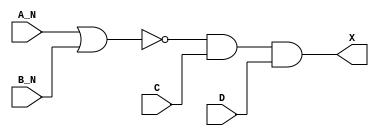
/*
 * Copyright 2020 The SkyWater PDK Authors
 *
 * Licensed under the Apache License, Version 2.0 (the "License");
 * you may not use this file except in compliance with the License.
 * You may obtain a copy of the License at
 *
 *     https://www.apache.org/licenses/LICENSE-2.0
 *
 * Unless required by applicable law or agreed to in writing, software
 * distributed under the License is distributed on an "AS IS" BASIS,
 * WITHOUT WARRANTIES OR CONDITIONS OF ANY KIND, either express or implied.
 * See the License for the specific language governing permissions and
 * limitations under the License.
 *
 * SPDX-License-Identifier: Apache-2.0
*/


`ifndef SKY130_FD_SC_MS__AND4BB_BEHAVIORAL_V
`define SKY130_FD_SC_MS__AND4BB_BEHAVIORAL_V

/**
 * and4bb: 4-input AND, first two inputs inverted.
 *
 * Verilog simulation functional model.
 */

`timescale 1ns / 1ps
`default_nettype none

`celldefine
module sky130_fd_sc_ms__and4bb (
    X  ,
    A_N,
    B_N,
    C  ,
    D
);

    // Module ports
    output X  ;
    input  A_N;
    input  B_N;
    input  C  ;
    input  D  ;

    // Module supplies
    supply1 VPWR;
    supply0 VGND;
    supply1 VPB ;
    supply0 VNB ;

    // Local signals
    wire nor0_out  ;
    wire and0_out_X;

    //  Name  Output      Other arguments
    nor nor0 (nor0_out  , A_N, B_N       );
    and and0 (and0_out_X, nor0_out, C, D );
    buf buf0 (X         , and0_out_X     );

endmodule
`endcelldefine

`default_nettype wire
`endif  // SKY130_FD_SC_MS__AND4BB_BEHAVIORAL_V